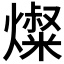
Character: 𰟬